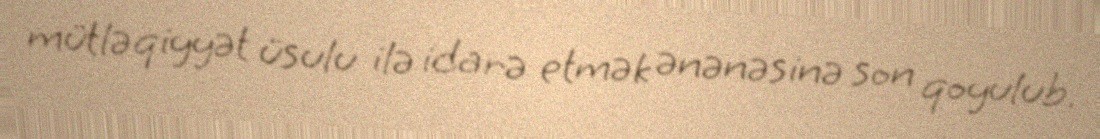
mütləqiyyət üsulu ilə idarə etmək ənənəsinə son qoyulub.